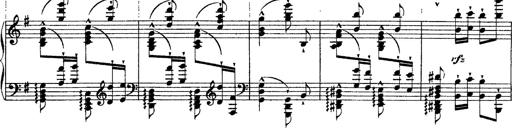
Title: Ã‰tudes d'exÃ©cution transcendante d'aprÃ¨s Paganini
Composer: Franz Liszt